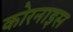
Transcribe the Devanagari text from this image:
कोरनाइस